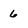
Character: 6